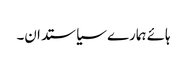
ہائے ہمارے سیاستدان۔